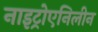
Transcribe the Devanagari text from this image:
नाइट्रोएनिलीन